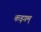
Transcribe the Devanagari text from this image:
कड़गम्‌